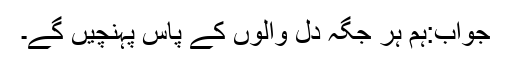
جواب:ہم ہر جگہ دل والوں کے پاس پہنچیں گے۔